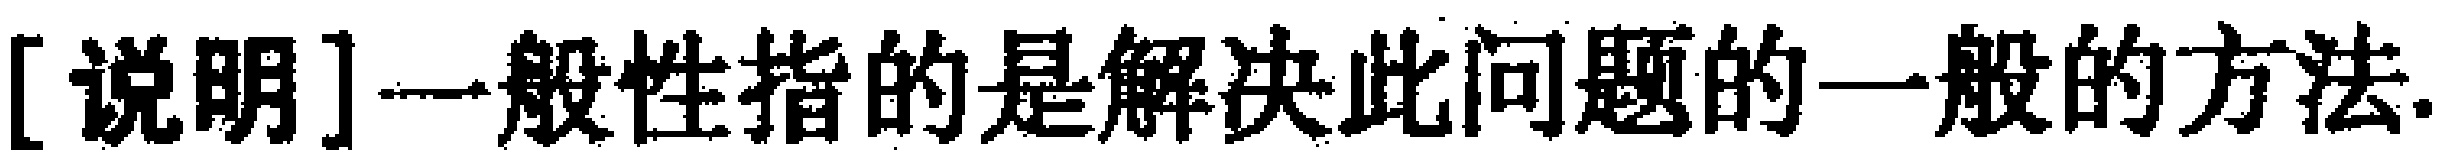
[说明]一般性指的是解决此问题的一般的方法.